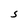
Character: S